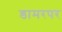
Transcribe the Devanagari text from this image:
डामरपर